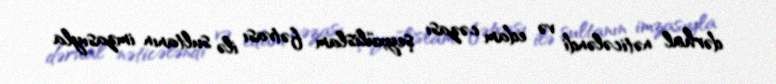
dərhal nəticələndi və edam cəzası şeyxülislam fətvası ilə sultanın imzasıyla